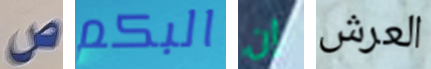
ص البكم إن العرش